Problem: 34 + 27 = ?
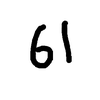
Handwritten answer: 61